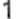
1